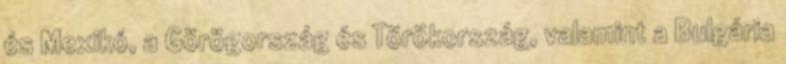
és Mexikó, a Görögország és Törökország, valamint a Bulgária